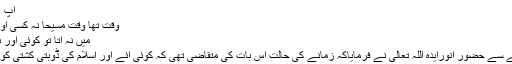
آپ ؑ کے شعر
وقت تھا وقت مسیحا نہ کسی اَور کا وقت
میں نہ آتا تو کوئی اَور ہی آیا ہوتا
کے حوالے سے حضور انورایدہ اللہ تعالیٰ نے فرمایاکہ زمانے کی حالت اس بات کی متقاضی تھی کہ کوئی آئے اور اسلام کی ڈوبتی کشتی کو سنبھالے۔